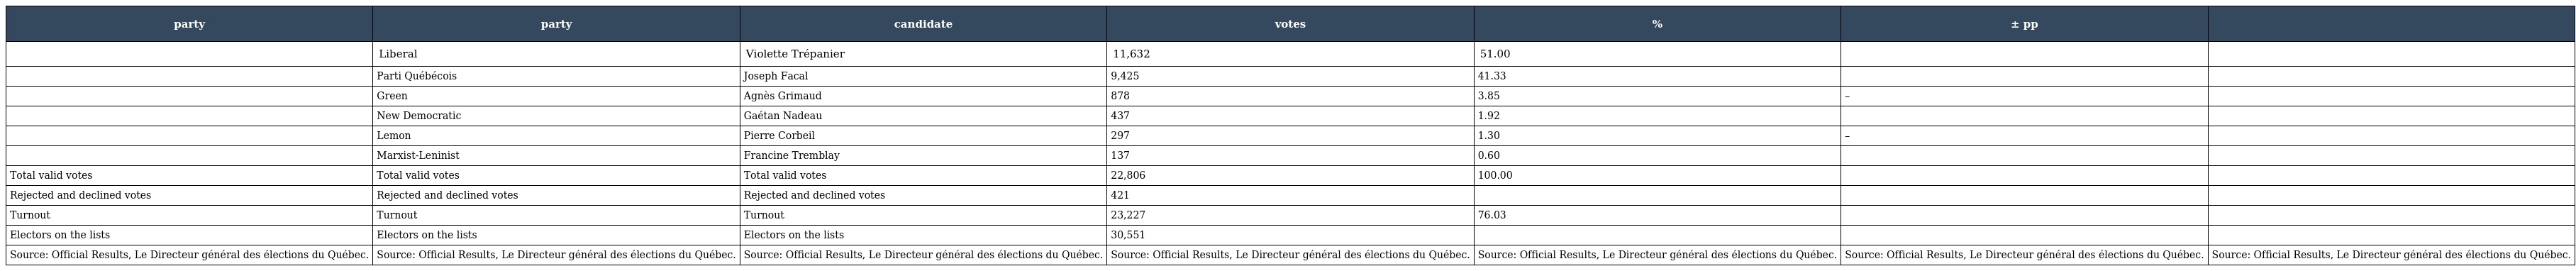
| party | party | candidate | votes | % | ± pp |  |
 | --- | --- | --- | --- | --- | --- | --- |
 |  | Liberal | Violette Trépanier | 11,632 | 51.00 |  |  |
 |  | Parti Québécois | Joseph Facal | 9,425 | 41.33 |  |  |
 |  | Green | Agnès Grimaud | 878 | 3.85 | – |  |
 |  | New Democratic | Gaétan Nadeau | 437 | 1.92 |  |  |
 |  | Lemon | Pierre Corbeil | 297 | 1.30 | – |  |
 |  | Marxist-Leninist | Francine Tremblay | 137 | 0.60 |  |  |
 | Total valid votes | Total valid votes | Total valid votes | 22,806 | 100.00 |  |  |
 | Rejected and declined votes | Rejected and declined votes | Rejected and declined votes | 421 |  |  |  |
 | Turnout | Turnout | Turnout | 23,227 | 76.03 |  |  |
 | Electors on the lists | Electors on the lists | Electors on the lists | 30,551 |  |  |  |
 | Source: Official Results, Le Directeur général des élections du Québec. | Source: Official Results, Le Directeur général des élections du Québec. | Source: Official Results, Le Directeur général des élections du Québec. | Source: Official Results, Le Directeur général des élections du Québec. | Source: Official Results, Le Directeur général des élections du Québec. | Source: Official Results, Le Directeur général des élections du Québec. | Source: Official Results, Le Directeur général des élections du Québec. |